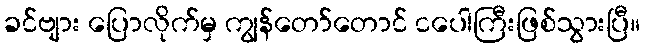
ခင်ဗျား ပြောလိုက်မှ ကျွန်တော်တောင် ငပေါကြီးဖြစ်သွားပြီ။